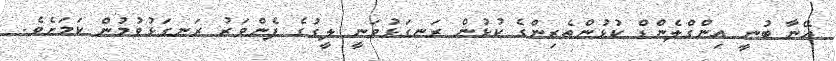
އޭނާ ބުނީ އިންގްލެންޑް ކުޅުންތެރިންގެ ކުޅުން ރަނގަޅުވަނީ ލީގުގެ ފެންވަރު ރަނގަޅުވުމުން ކަމަށެވެ.